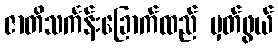
ဇာတိသင်္ကန်းခြောက်ထည် မှတ်ဖွယ်